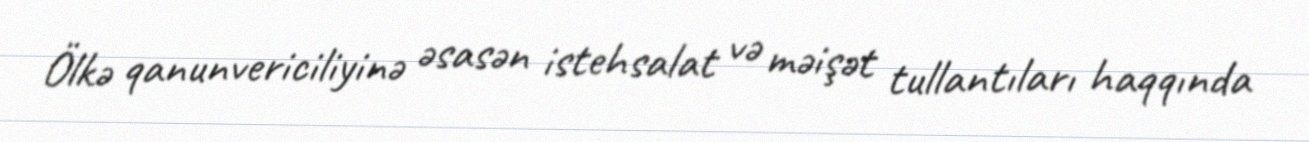
Ölkə qanunvericiliyinə əsasən istehsalat və məişət tullantıları haqqında